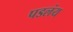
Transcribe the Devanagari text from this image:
पडलंय